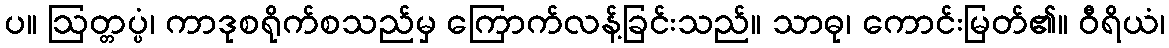
ပ။ ဩတ္တပ္ပံ၊ ကာဒုစရိုက်စသည်မှ ကြောက်လန့်ခြင်းသည်။ သာဓု၊ ကောင်းမြတ်၏။ ဝီရိယံ၊